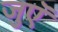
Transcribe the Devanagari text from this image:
जुएॅ